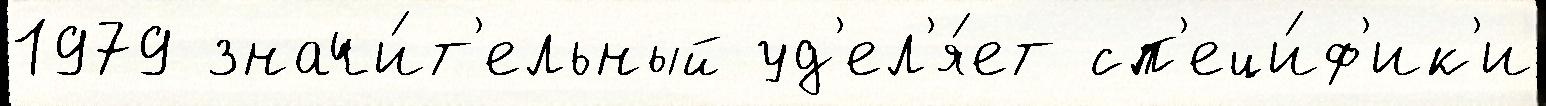
1979 значи́т'ельный уд'ел'я́ет сп'еци́ф'ик'и